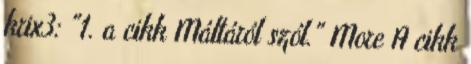
krix3: "1. a cikk Máltáról szól." More A cikk